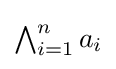
\textstyle \bigwedge _{i=1}^{n}a_{i}